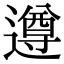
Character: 遵